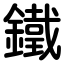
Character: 鐵